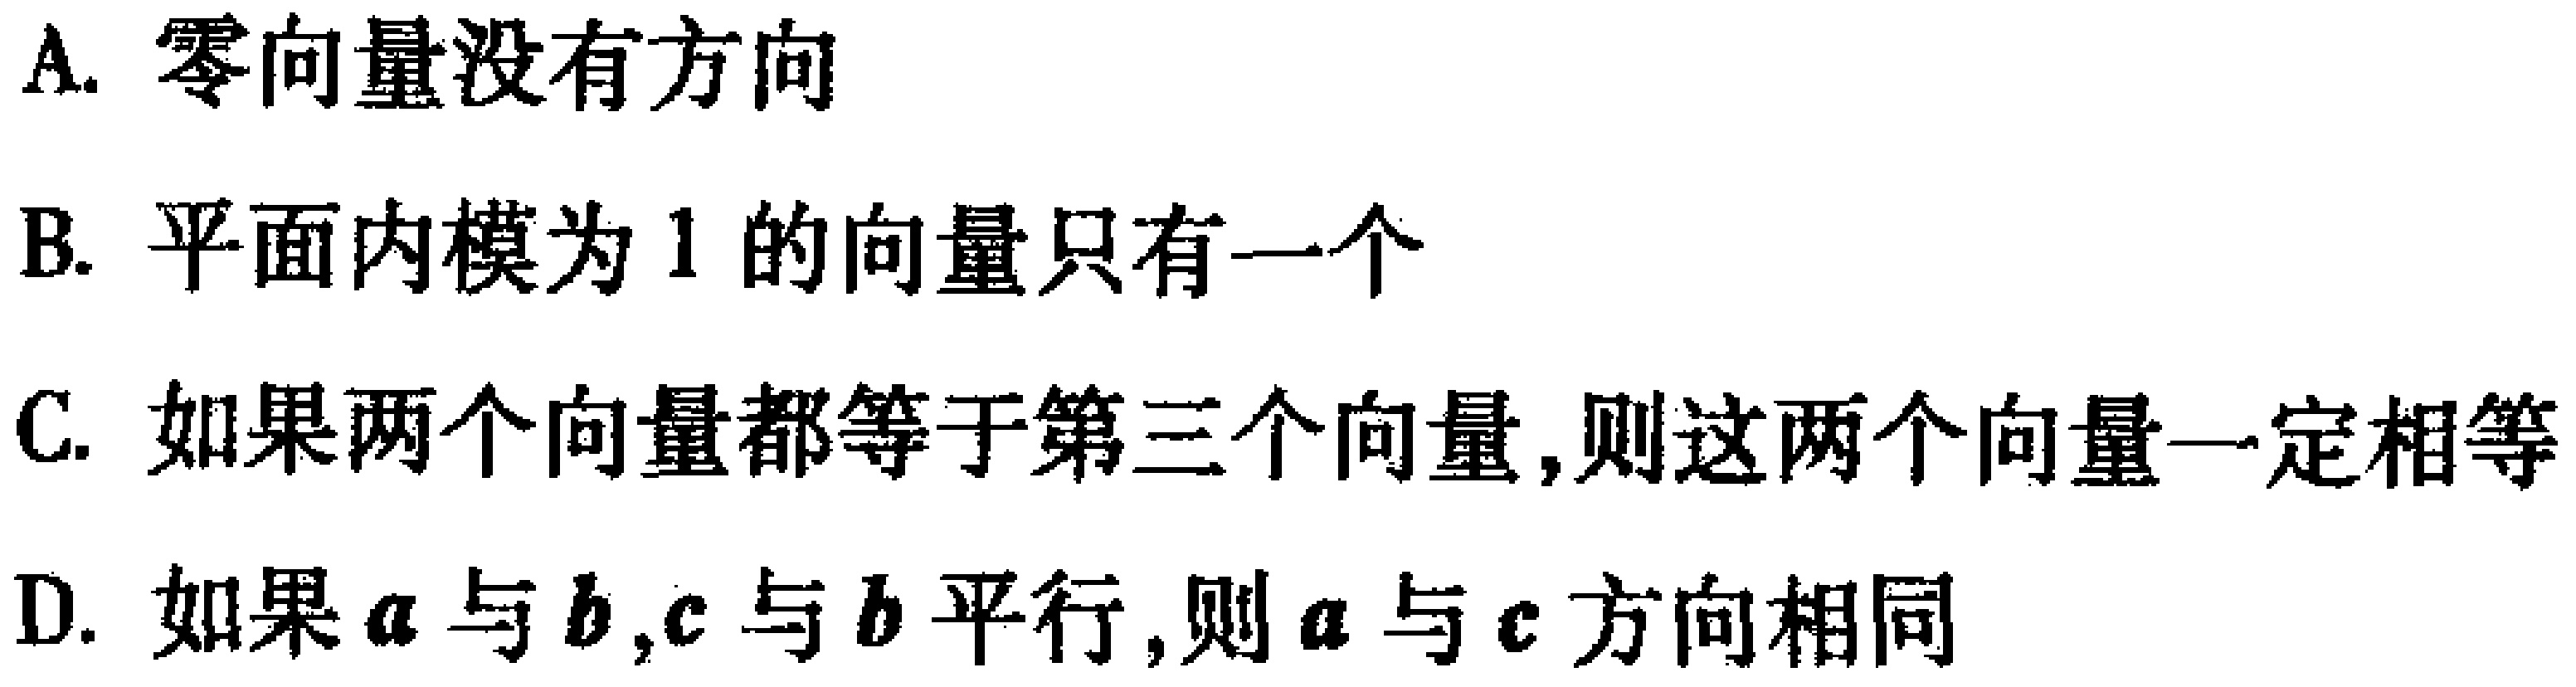
A. 零向量没有方向
B. 平面内模为 1 的向量只有一个
C. 如果两个向量都等于第三个向量,则这两个向量一定相等
D. 如果$\boldsymbol{a}$与$\boldsymbol{b}$,$\boldsymbol{c}$与$\boldsymbol{b}$平行,则$\boldsymbol{a}$与$\boldsymbol{c}$方向相同